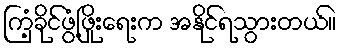
ကြံ့ခိုင်ဖွံ့ဖြိုးရေးက အနိုင်ရသွားတယ်။